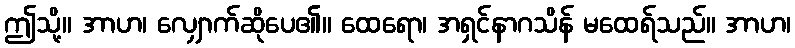
ဤသို့။ အာဟ၊ လျှောက်ဆိုပေ၏။ ထေရော၊ အရှင်နာဂသိန် မထေရ်သည်။ အာဟ၊